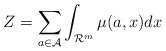
\begin{align*}Z=\sum_{a\in\mathcal{A}}\int_{\mathcal{R}^{m}}\mu(a,x)dx\end{align*}